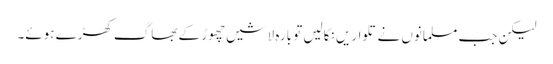
لیکن جب مسلمانوں نے تلواریں نکالیں تو بارہ لاشیں چھوڑ کے بھاگ کھڑے ہوئے۔